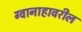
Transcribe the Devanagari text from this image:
ग्वानाहावरील